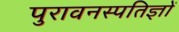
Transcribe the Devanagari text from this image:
पुरावनस्पतिज्ञों